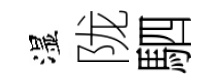
湿陇駟